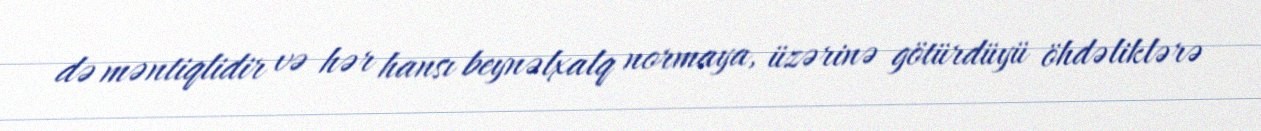
də məntiqlidir və hər hansı beynəlxalq normaya, üzərinə götürdüyü öhdəliklərə